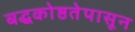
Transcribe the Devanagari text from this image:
बद्धकोष्ठतेपासून